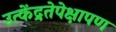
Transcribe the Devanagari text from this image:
उत्केंद्रतेपेक्षापण